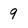
Character: 9